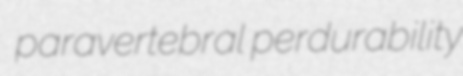
paravertebral perdurability